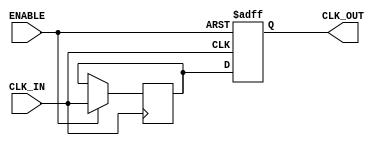
module clk_buffer (
    input wire CLK_IN,      // Input clock signal
    output reg CLK_OUT,     // Buffered output clock signal
    input wire ENABLE       // Enable signal for power management
);

// Parameters for propagation delay (in simulation units)
parameter PROP_DELAY = 1; // Adjust this delay as needed for your application

// Internal signal to hold the buffered clock
reg clk_internal;

// Always block to generate the buffered clock signal
always @(posedge CLK_IN or negedge ENABLE) begin
    if (!ENABLE) begin
        CLK_OUT <= 1'b0; // Output low when disabled
    end else begin
        #PROP_DELAY clk_internal <= CLK_IN; // Add propagation delay
        CLK_OUT <= clk_internal; // Drive the output with the buffered clock
    end
end

endmodule